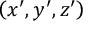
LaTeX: \left( x ^ { \prime } , y ^ { \prime } , z ^ { \prime } \right)